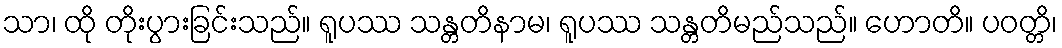
သာ၊ ထို တိုးပွားခြင်းသည်။ ရူပဿ သန္တတိနာမ၊ ရူပဿ သန္တတိမည်သည်။ ဟောတိ။ ပဝတ္တိ၊